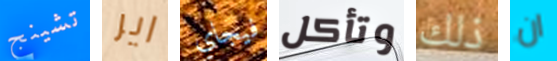
تشينج اير فيجاي وتأكل ذلك ان